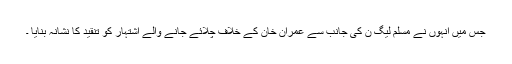
جس میں انہوں نے مسلم لیگ ن کی جانب سے عمران خان کے خلاف چلائے جانے والے اشتہار کو تنقید کا نشانہ بنایا ۔